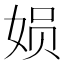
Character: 㛣